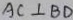
A C \bot B D